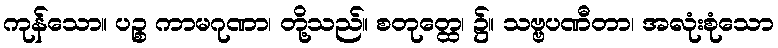
ကုန်သော။ ပဉ္စ ကာမဂုဏာ၊ တို့သည်။ စတုတ္ထေ၊ ၌။ သဗ္ဗပဏီတာ၊ အလုံးစုံသော